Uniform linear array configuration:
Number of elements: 4
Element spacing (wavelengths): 0.5
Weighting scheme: blackman
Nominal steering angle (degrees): -45
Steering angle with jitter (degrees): -44.679
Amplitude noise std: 0.05
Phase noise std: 0.05

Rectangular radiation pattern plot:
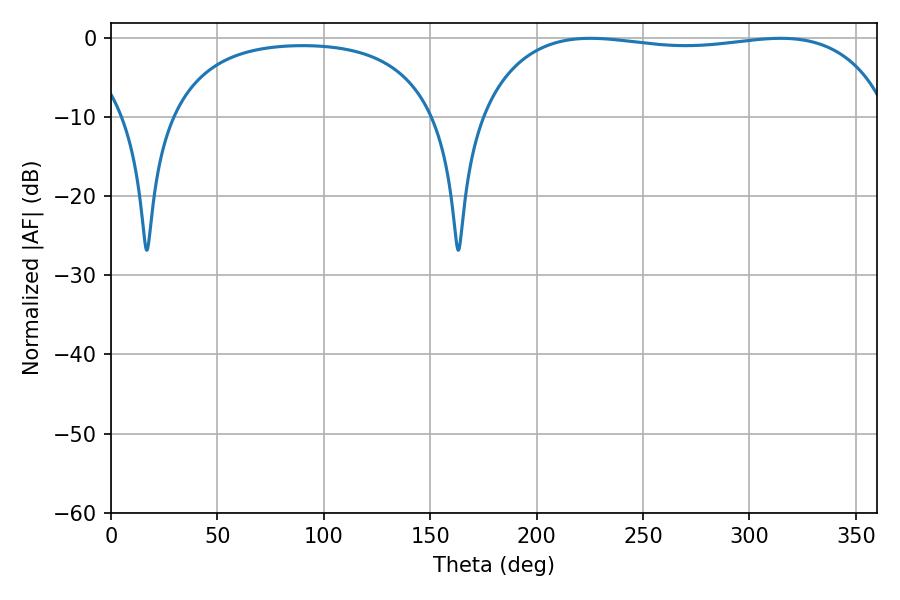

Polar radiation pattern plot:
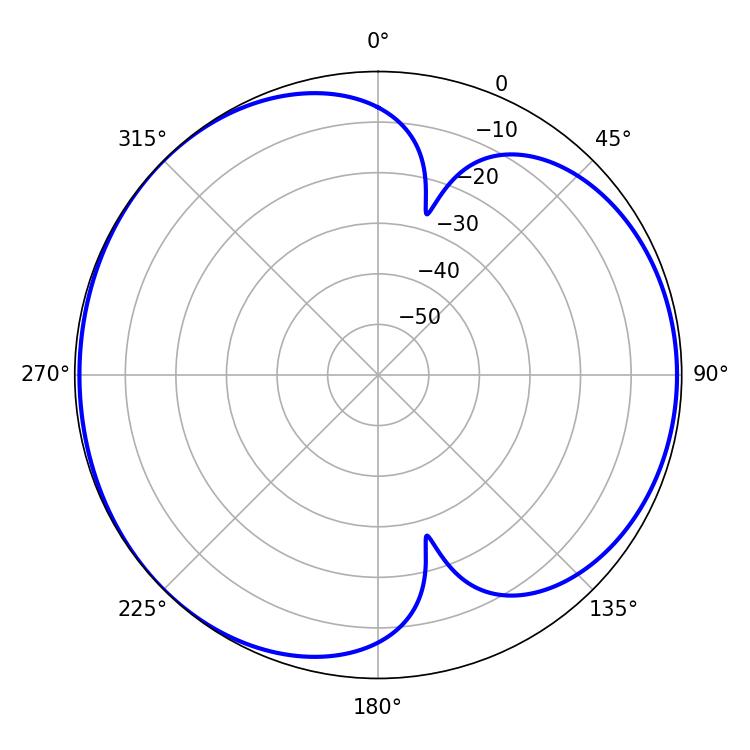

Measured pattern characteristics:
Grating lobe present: FALSE
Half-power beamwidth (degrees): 155.52
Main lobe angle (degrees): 225.36